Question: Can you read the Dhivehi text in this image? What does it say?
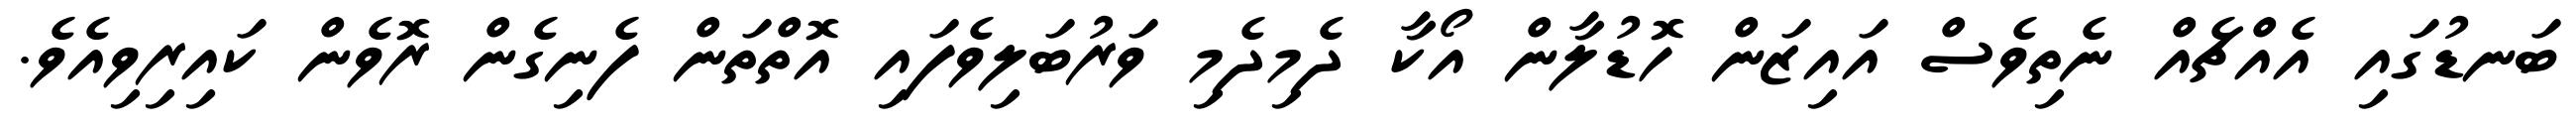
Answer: ބަނޑުގައި އެއްޗެއް ނެތިވެސް އައިޒަން ހޮޑުލާން އޯކާ ދެމިދެމި ވަރުބަލިވެފައި އޮތްތަން ފެނިގެން ރޮވެން ކައިރިވިއެވެ.